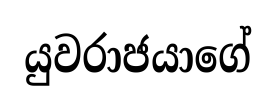
යුවරාජයාගේ